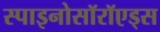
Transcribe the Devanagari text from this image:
स्पाइनोसॉरॉएड्स